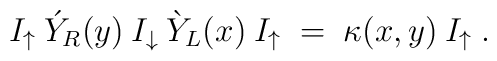
I_\uparrow\: \acute{Y}_R(y)\: I_\downarrow\: \grave{Y}_L(x)\: I_\uparrow \;=\;\kappa(x,y)\: I_\uparrow\;.